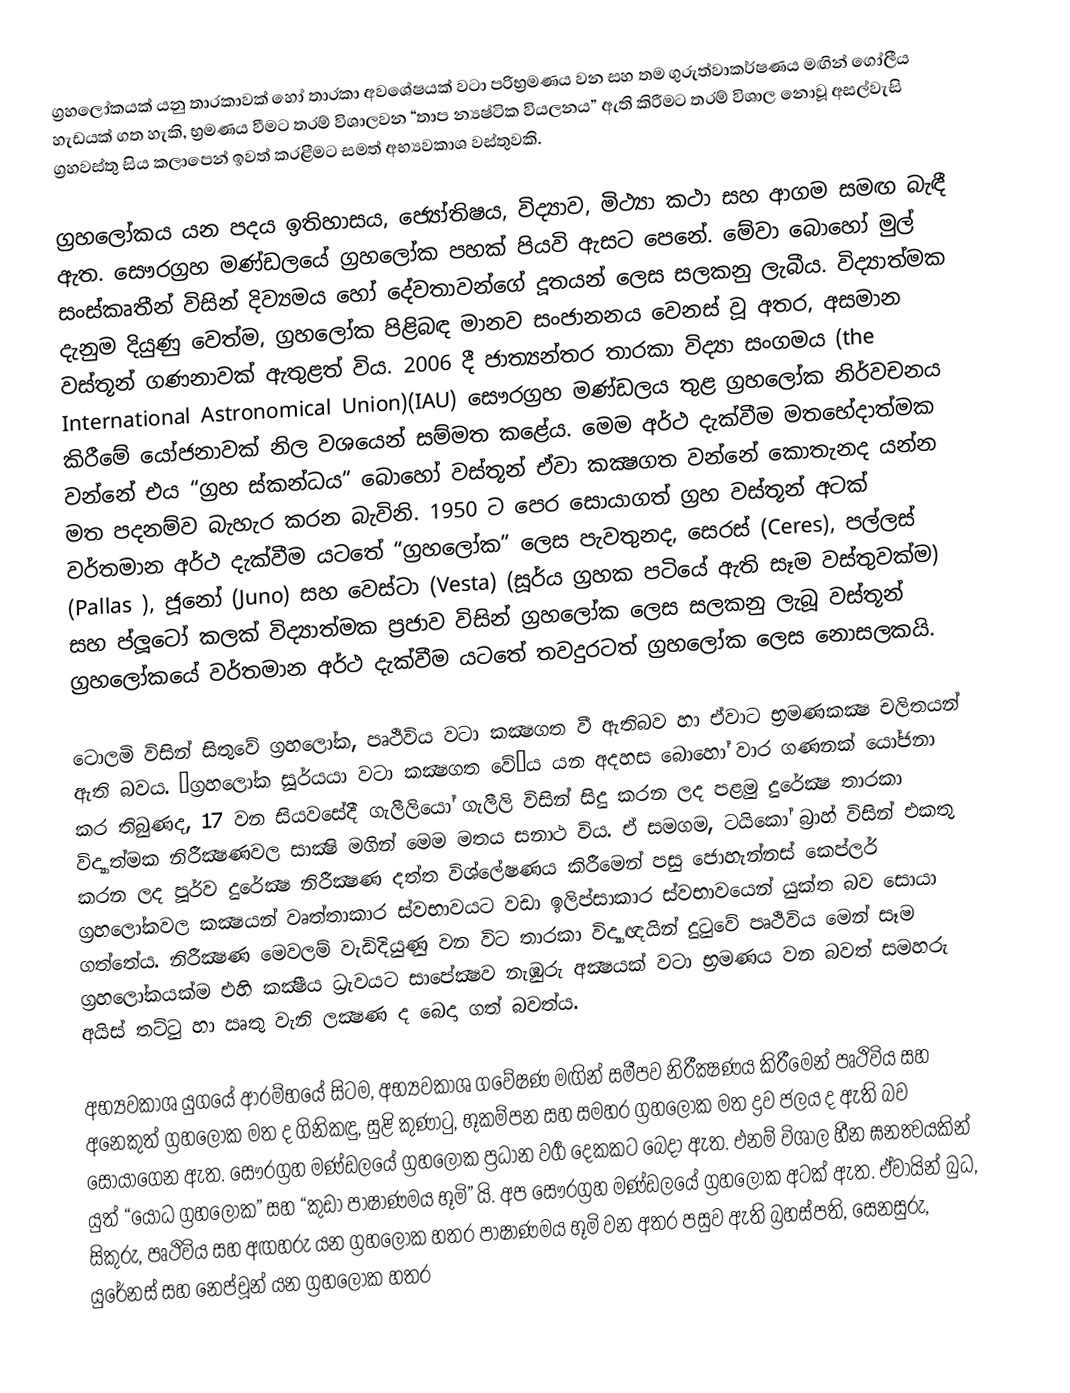
ග්‍රහලෝකයක් යනු තාරකාවක් හෝ තාරකා අවශේෂයක් වටා පරිභ්‍රමණය වන සහ තම ගුරුත්වාකර්ෂණය මඟින් ගෝලීය හැඩයක් ගත හැකි, භ්‍රමණය වීමට තරම් විශාලවන “තාප න්‍යෂ්ටික වියලනය” ඇති කිරීමට තරම් විශාල නොවූ අසල්වැසි ග්‍රහවස්තු සිය කලාපෙන් ඉවත් කරළීමට සමත් අභ්‍යවකාශ වස්තුවකි.

ග්‍රහලෝකය යන පදය ඉතිහාසය, ජ්‍යෝතිෂය, විද්‍යාව, මිථ්‍යා කථා සහ ආගම සමඟ බැඳී ඇත. සෞරග්‍රහ මණ්ඩලයේ ග්‍රහලෝක පහක් පියවි ඇසට පෙනේ. මේවා බොහෝ මුල් සංස්කෘතීන් විසින් දිව්‍යමය හෝ දේවතාවන්ගේ දූතයන් ලෙස සලකනු ලැබීය. විද්‍යාත්මක දැනුම දියුණු වෙත්ම, ග්‍රහලෝක පිළිබඳ මානව සංජානනය වෙනස් වූ අතර, අසමාන වස්තූන් ගණනාවක් ඇතුළත් විය. 2006 දී ජාත්‍යන්තර තාරකා විද්‍යා සංගමය (the International Astronomical Union)(IAU) සෞරග්‍රහ මණ්ඩලය තුළ ග්‍රහලෝක නිර්වචනය කිරීමේ යෝජනාවක් නිල වශයෙන් සම්මත කළේය. මෙම අර්ථ දැක්වීම මතභේදාත්මක වන්නේ එය “ග්‍රහ ස්කන්ධය” බොහෝ වස්තූන් ඒවා කක්‍ෂගත වන්නේ කොතැනද යන්න මත පදනම්ව බැහැර කරන බැවිනි. 1950 ට පෙර සොයාගත් ග්‍රහ වස්තූන් අටක් වර්තමාන අර්ථ දැක්වීම යටතේ “ග්‍රහලෝක” ලෙස පැවතුනද, සෙරස් (Ceres), පල්ලස් (Pallas ), ජූනෝ (Juno) සහ වෙස්ටා (Vesta) (සූර්ය ග්‍රහක පටියේ ඇති සෑම වස්තුවක්ම) සහ ප්ලූටෝ කලක් විද්‍යාත්මක ප්‍රජාව විසින් ග්‍රහලෝක ලෙස සලකනු ලැබූ වස්තූන් ග්‍රහලෝකයේ වර්තමාන අර්ථ දැක්වීම යටතේ තවදුරටත් ග්‍රහලෝක ලෙස නොසලකයි.

ටොලමි විසින්  සිතුවේ ග්‍රහලෝක, පෘථිවිය වටා කක්‍ෂගත වී ඇතිබව හා ඒවාට භ්‍රමණකක්‍ෂ චලිතයන් ඇති බවය. “ග්‍රහලෝක සූර්යයා වටා කක්‍ෂගත වේ”ය යන අදහස බොහෝ වාර ගණනක් යෝජනා කර තිබුණද, 17 වන සියවසේදී ගැලීලියෝ ගැලීලි විසින් සිදු කරන ලද පළමු දුරේක්‍ෂ තාරකා විද්‍යාත්මක නිරීක්‍ෂණවල සාක්‍ෂි මගින් මෙම මතය සනාථ විය. ඒ සමගම, ටයිකෝ බ්‍රාහ් විසින් එකතු කරන ලද පූර්ව දුරේක්‍ෂ නිරීක්‍ෂණ දත්ත විශ්ලේෂණය කිරීමෙන් පසු ජොහැන්නස් කෙප්ලර් ග්‍රහලෝකවල කක්‍ෂයන් වෘත්තාකාර ස්වභාවයට වඩා ඉලිප්සාකාර ස්වභාවයෙන් යුක්ත බව සොයා ගත්තේය. නිරීක්‍ෂණ මෙවලම් වැඩිදියුණු වන විට තාරකා විද්‍යාඥයින් දුටුවේ පෘථිවිය මෙන් සෑම ග්‍රහලෝකයක්ම එහි කක්‍ෂීය ධ්‍රැවයට සාපේක්‍ෂව නැඹුරු අක්‍ෂයක් වටා භ්‍රමණය වන බවත් සමහරු අයිස් තට්ටු හා ඍතු වැනි ලක්‍ෂණ ද බෙදා ගත් බවත්ය.

අභ්‍යවකාශ යුගයේ ආරම්භයේ සිටම, අභ්‍යවකාශ ගවේෂණ මඟින් සමීපව නිරීක්‍ෂණය කිරීමෙන් පෘථිවිය සහ අනෙකුත් ග්‍රහලෝක මත ද ගිනිකඳු, සුළි කුණාටු, භූකම්පන සහ සමහර ග්‍රහලෝක මත ද්‍රව ජලය ද ඇති බව සොයාගෙන ඇත. සෞරග්‍රහ මණ්ඩලයේ ග්‍රහලෝක ප්‍රධාන වර්‍ග දෙකකට බෙදා ඇත. එනම් විශාල හීන ඝනත්‍වයකින් යුත් “යෝධ ග්‍රහලෝක” සහ “කුඩා පාෂාණමය භූමි” යි. අප සෞරග්‍රහ මණ්ඩලයේ ග්‍රහලෝක අටක් ඇත.   ඒවායින් බුධ, සිකුරු, පෘථිවිය සහ අඟහරු යන ග්‍රහලෝක හතර පාෂාණමය භූමි වන අතර පසුව ඇති බ්‍රහස්පති, සෙනසුරු, යුරේනස් සහ නෙප්චූන් යන ග්‍රහලෝක හතර